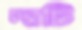
দাটি